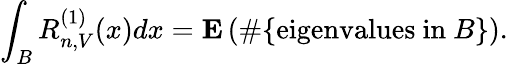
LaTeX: \int_{B}R_{n,V}^{(1)}(x)dx=\mathbf{E}\left(\# \{ {\mathrm{eigenvalues~in~}}B\} \right).